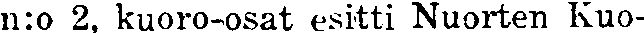
n:o 2, kuoro-osat esitti Nuorten Kuo-